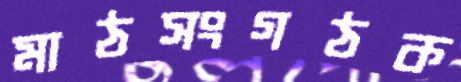
মাঠসংগঠক